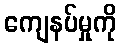
ကျေနပ်မှုကို